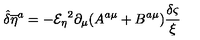
{ \hat { \delta } } { { \overline { { \eta } } } ^ { a } } = - { { \mathcal { E } _ { \eta } } } ^ { 2 } \partial _ { \mu } ( A ^ { a \mu } + B ^ { a \mu } ) { \frac { \delta \varsigma } { \xi } }